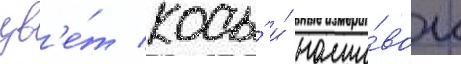
цв'е́т косы́ и́ наши́вок